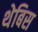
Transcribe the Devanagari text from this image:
थेबिस